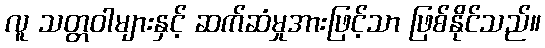
လူ သတ္တဝါများနှင့် ဆက်ဆံမှုအားဖြင့်သာ ဖြစ်နိုင်သည်။